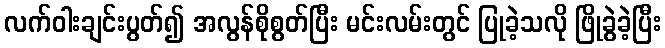
လက်ဝါးချင်းပွတ်၍ အလွန်စိုစွတ်ပြီး မင်းလမ်းတွင် ပြုခဲ့သလို ဖြိုခွဲခဲ့ပြီး